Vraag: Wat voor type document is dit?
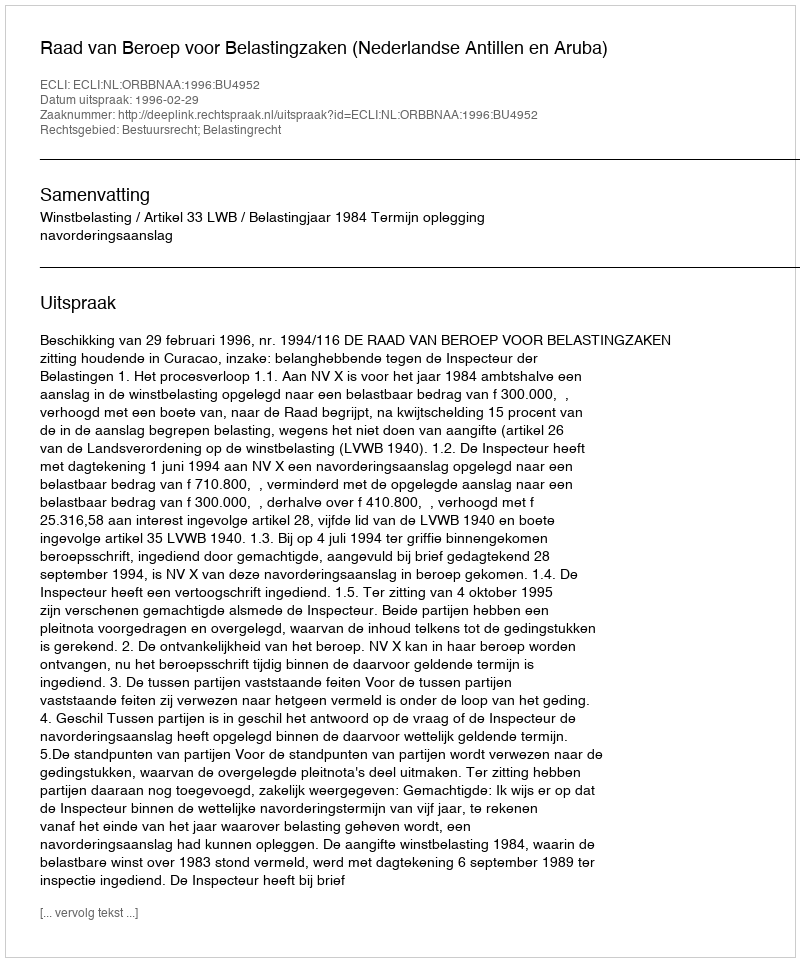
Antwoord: Uitspraak